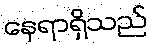
နေရာရှိသည်